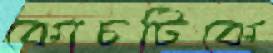
কোচটিকে